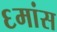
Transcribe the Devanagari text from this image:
६मांस